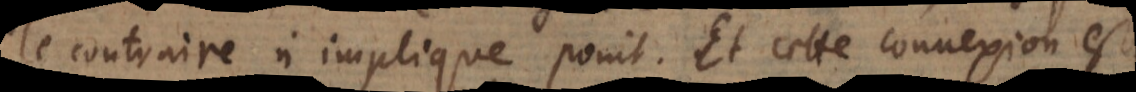
le contraire n’implique point. Et cette connexion est